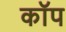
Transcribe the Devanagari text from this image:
काॅप